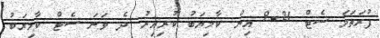
ފުރަތަމަ ސެޓް 21-9 އިން ކާމިޔަބު ކުރިއިރު ދެ ވަނަ ސެޓް ކާމިޔަބު